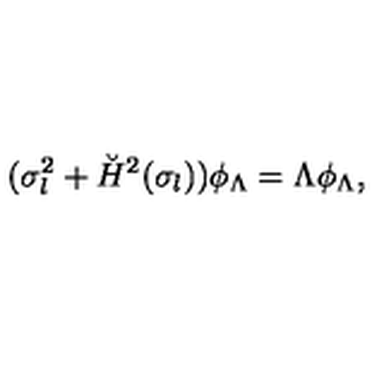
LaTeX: ( \sigma _ { l } ^ { 2 } + \breve { H } ^ { 2 } ( \sigma _ { l } ) ) \phi _ { \Lambda } = \Lambda \phi _ { \Lambda } ,